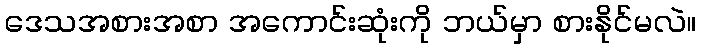
ဒေသအစားအစာ အကောင်းဆုံးကို ဘယ်မှာ စားနိုင်မလဲ။